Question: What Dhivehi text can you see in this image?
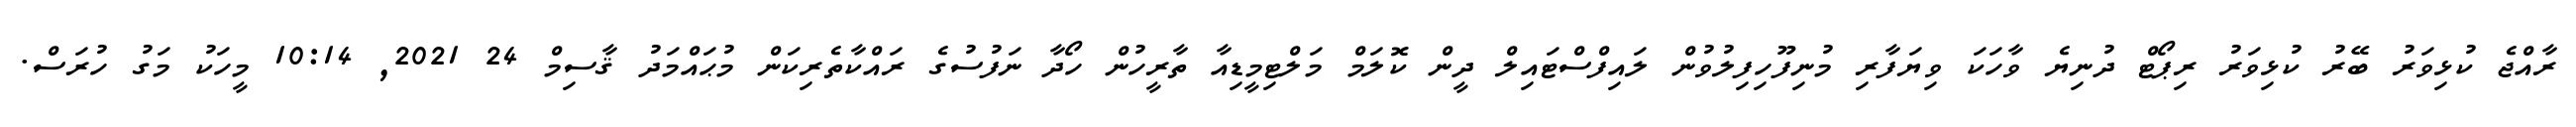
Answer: ރާއްޖެ ކުޅިވަރު ބޭރު ކުޅިވަރު ރިޕޯޓް ދުނިޔެ ވާހަކަ ވިޔަފާރި މުނިފޫހިފިލުވުން ލައިފްސްޓައިލް ދީން ކޮލަމް މަލްޓިމީޑިއާ ތާރީހުން ހޯދާ ނަފުސުގެ ރައްކާތެރިކަން މުޙައްމަދު ޤާސިމް 24 2021, 10:14 މީހަކު މަގު ހުރަސް.